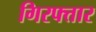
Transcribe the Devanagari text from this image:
गिरफ्त्तार